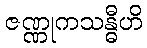
ဇဏ္ဏုကသန္ဓီဟိ